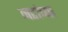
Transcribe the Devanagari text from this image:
नटांच्या